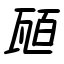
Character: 瓸